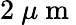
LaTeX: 2\ \mu\mathrm{~m~}